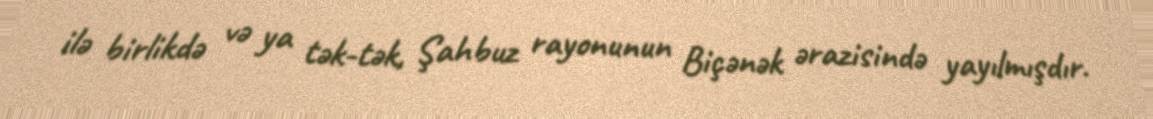
ilə birlikdə və ya tək-tək, Şahbuz rayonunun Biçənək ərazisində yayılmışdır.